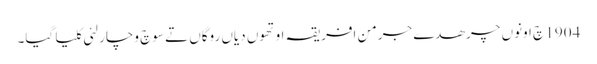
1904 چ اونوں چرھدے جرمن افریقہ اوتھوں دیاں روگاں تے سوچ وچار لئی کلیا گیا۔